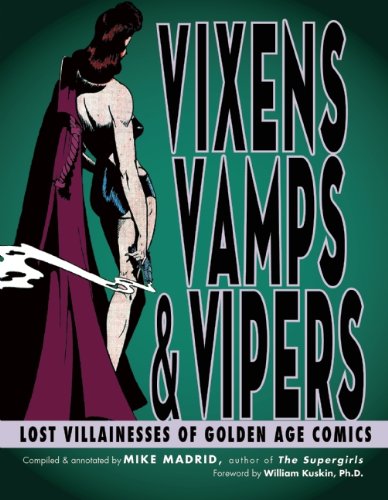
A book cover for Vixens, Vamps & Vipers: Lost Villainesses of Golden Age Comics; Mike Madrid; Comics & Graphic Novels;